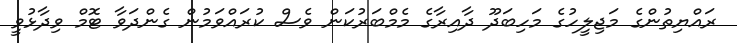
ރައްޔިތުންގެ މަޖިލީހުގެ މަހިބަދޫ ދާއިރާގެ މެމްބަރުކަން ވެސް ކުރައްވަމުން ގެންދަވާ ޓޮމް ވިދާޅުވީ